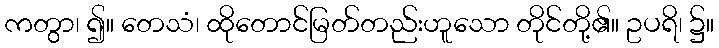
ကတွာ၊ ၍။ တေသံ၊ ထိုတောင်မြတ်တည်းဟူသော တိုင်တို့၏။ ဥပရိ၊ ၌။